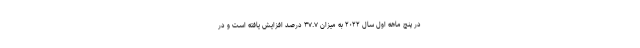
در پنج ماهه اول سال ۲۰۲۲ به میزان ۳۷.۷ درصد افزایش یافته است و در